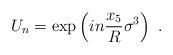
LaTeX: \begin{align*}U_n=\exp\left(i n {x_5\over R} \sigma^3\right) \ . \end{align*}